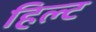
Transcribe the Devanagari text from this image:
हिल्ट